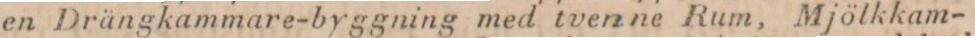
en Drängkammare-byggning med tvenne Rum, Mjölkkam-